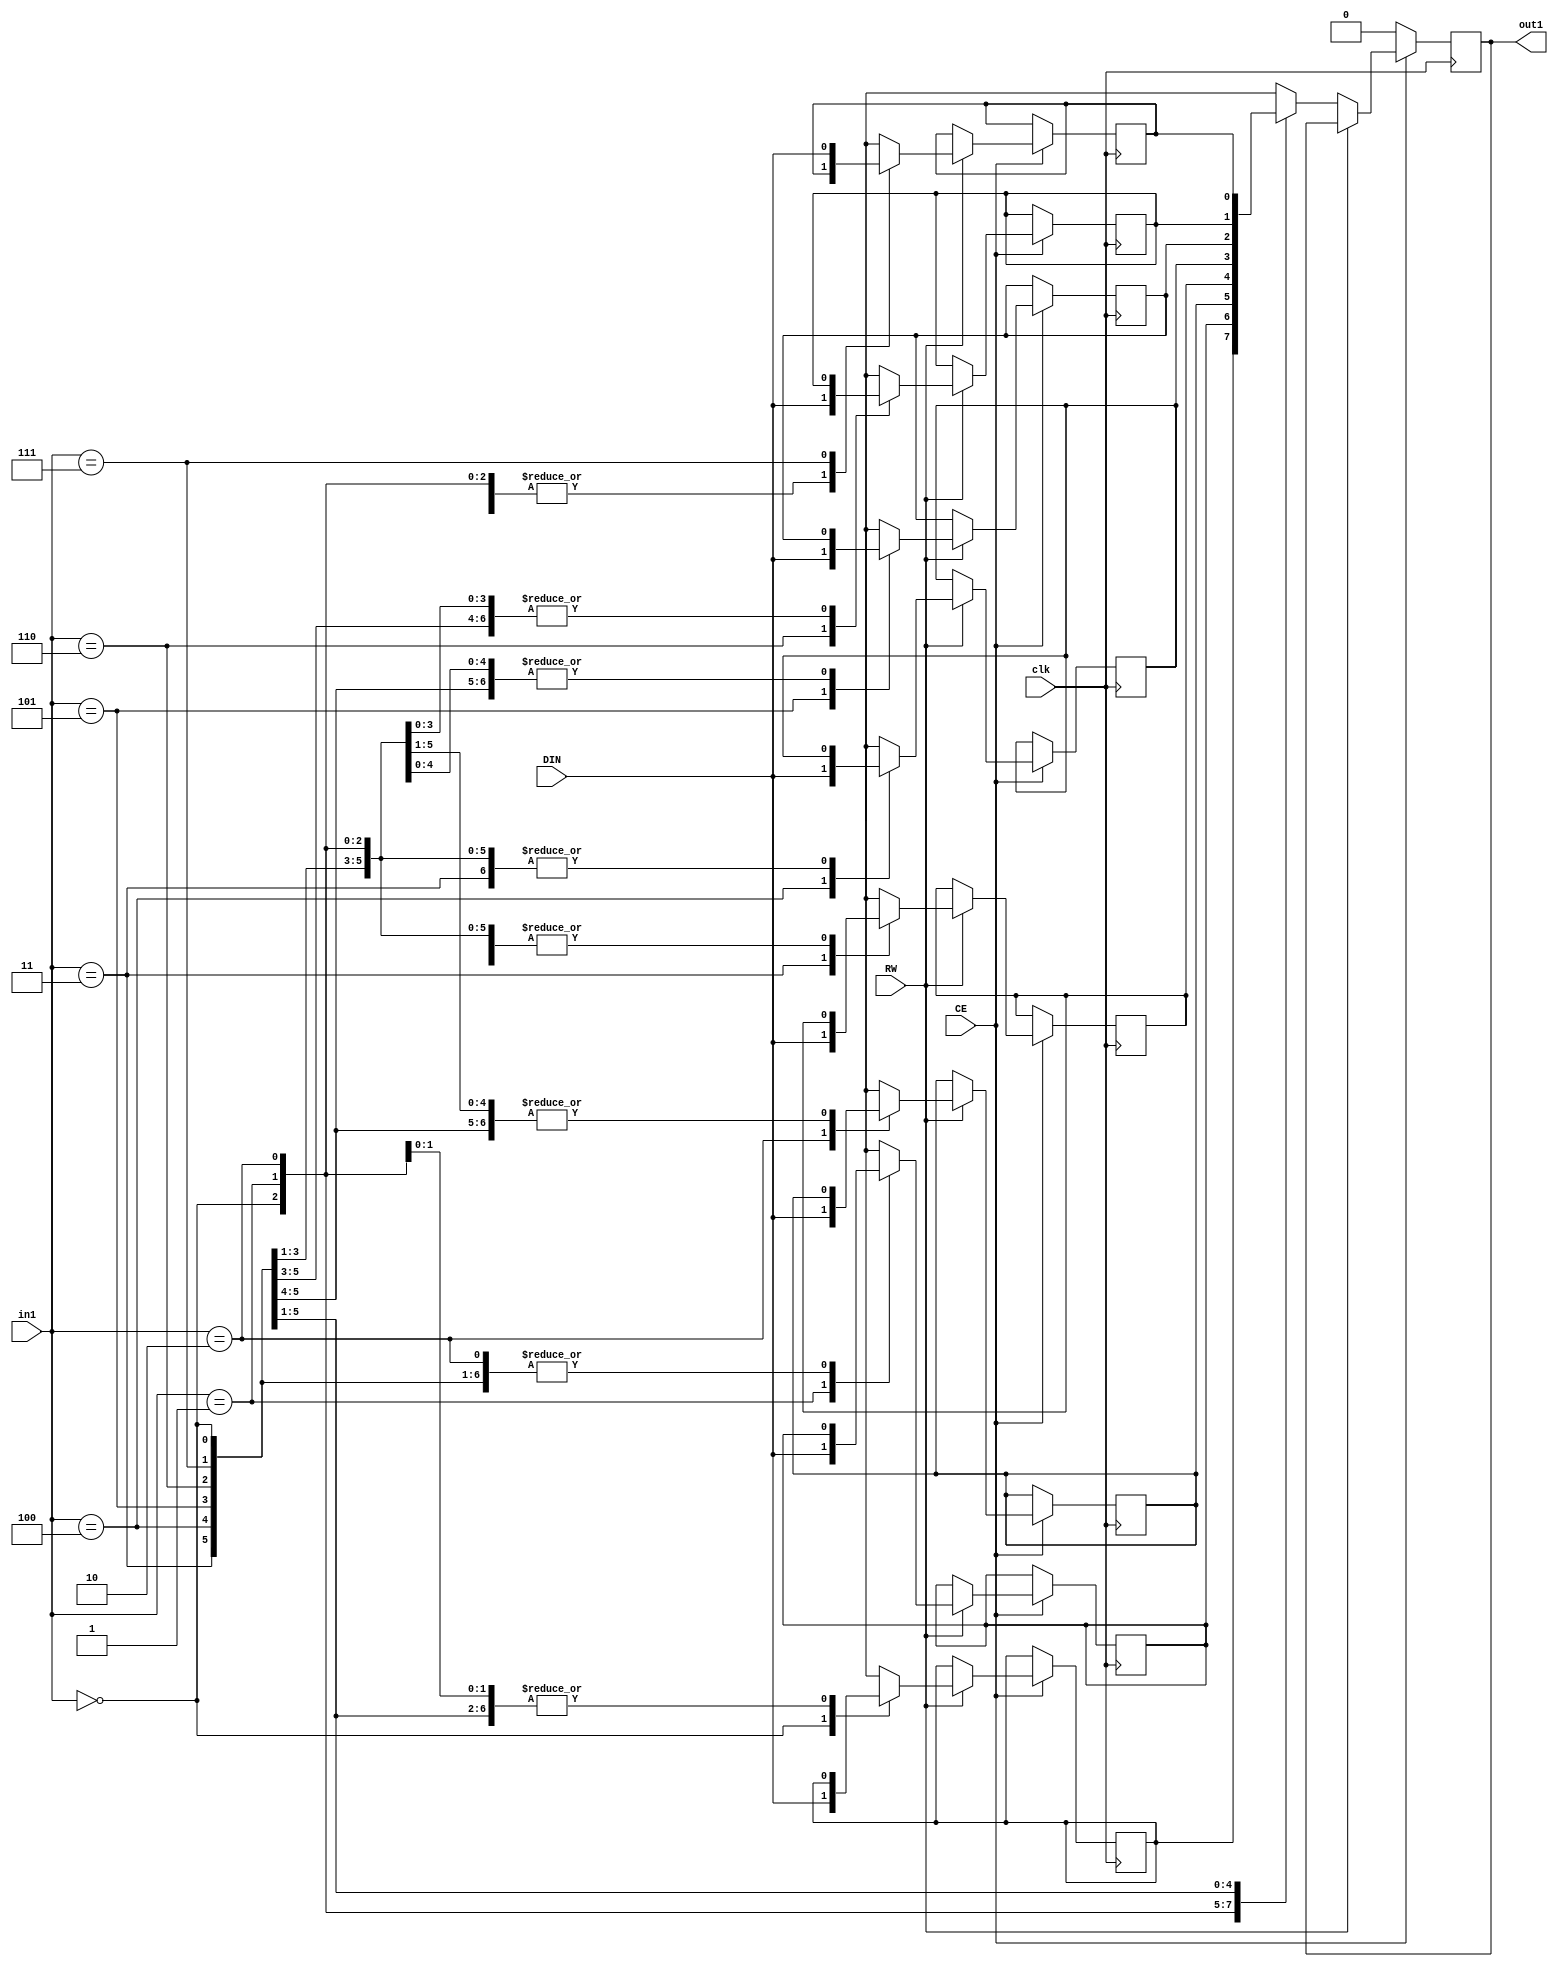
// Generated by stratus_hls 19.12-s100  (91710.131054)
// Sun Apr 24 17:59:21 2022
// from ../DFT_compute.cpp

`timescale 1ps / 1ps

      
module DFT_compute_RAM_8X1_1(DIN, CE, RW, in1, out1, clk);

      input DIN;
      input CE;
      input RW;
      input [2:0] in1;
      input clk;
      output out1;
      reg out1;
      reg[0:0] mem[7:0];

         always @(posedge clk)
          begin :DFT_compute_RAM_8X1_1_thread_1
            if (CE) begin
               if (RW) begin
                  mem[in1] = DIN;
               end
               else begin
                  out1 <= mem[in1];
               end
            end
            else begin
               out1 <= 1'b0;
            end
         end


endmodule